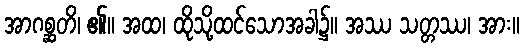
အာဂစ္ဆတိ၊ ၏။ အထ၊ ထိုသို့ထင်သောအခါ၌။ အဿ သတ္တဿ၊ အား။